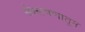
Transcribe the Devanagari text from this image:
संश्लेषणातून